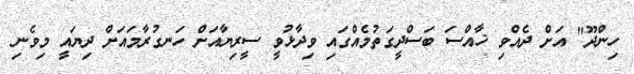
ހިންދޫ" އަށް ދެއްވި ޚާއްސަ ބަސްދީގަތުމެއްގައި ވިދާޅުވީ ސީރިޔާއަށް ހަނގުރާމައަށް ދިޔައީ މިވެނި